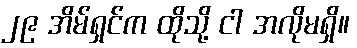
၂၉ အိမ်ရှင်က ထိုသို့ ငါ အလိုမရှိ။